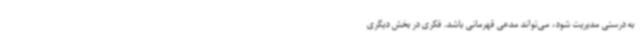
به درستی مدیریت شود، می‌تواند مدعی قهرمانی باشد. فکری در بخش دیگری